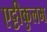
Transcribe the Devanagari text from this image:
एट्टीकुलम